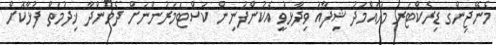
މެނޭޖިންގ ޑިރެކްޓަރ މުހައްމަދު ޝިފާއު ވިދާޅުވީ އެކުންފުނިން ކަސްޓަމަރުންނަށް ދެމުންދާ ޚިދުމަތް ފުޅާކޮށް